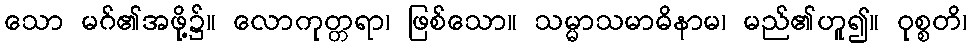
သော မဂ်၏အဖို့၌။ လောကုတ္တရာ၊ ဖြစ်သော။ သမ္မာသမာဓိနာမ၊ မည်၏ဟူ၍။ ဝုစ္စတိ၊